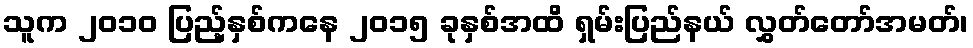
သူက ၂၀၁၀ ပြည့်နှစ်ကနေ ၂၀၁၅ ခုနှစ်အထိ ရှမ်းပြည်နယ် လွှတ်တော်အမတ်၊